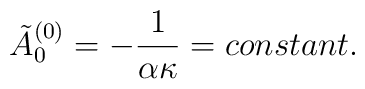
\tilde{A}^{(0)}_0 = -\frac{1}{\alpha \kappa } = constant .